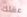
عقلك